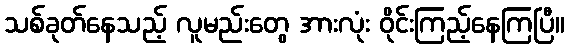
သစ်ခုတ်နေသည့် လူမည်းတွေ အားလုံး ဝိုင်းကြည့်နေကြပြီ။